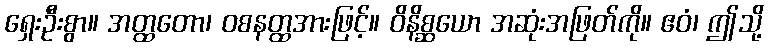
ရှေးဦးစွာ။ အတ္ထတော၊ ဝစနတ္ထအားဖြင့်။ ဝိနိစ္ဆယော အဆုံးအဖြတ်ကို။ ဧဝံ၊ ဤသို့